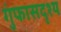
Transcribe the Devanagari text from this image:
गुंफासदृश्य